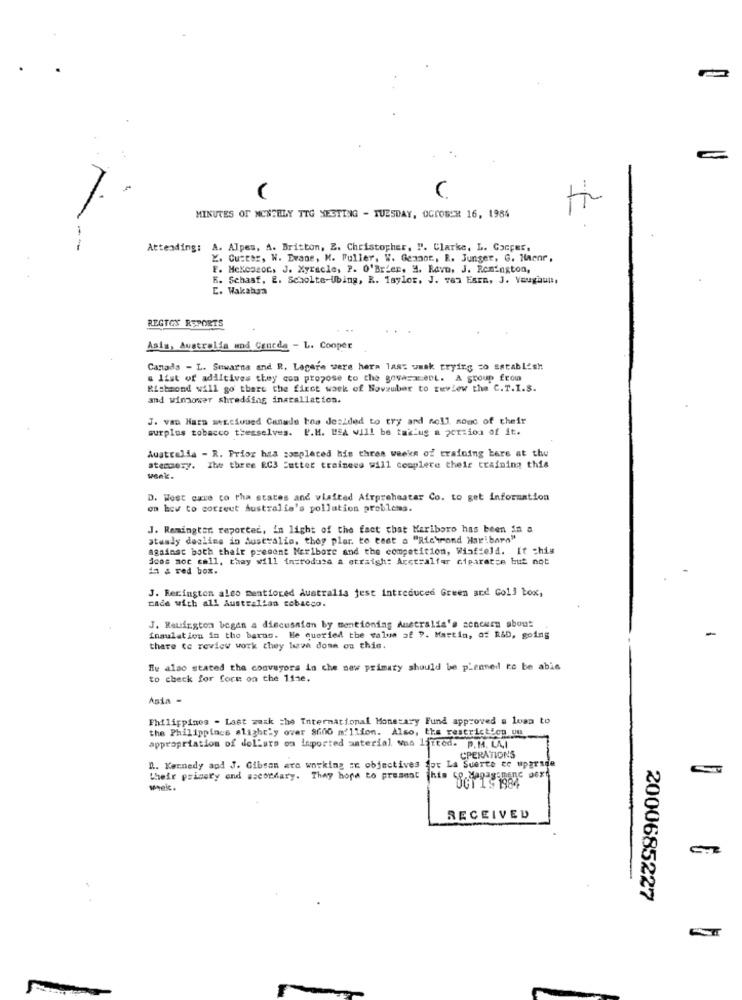
(
MINUTES OF MCNEELY TIG NESTING - TUESDAY, OCTOBER 16, 1984
-
Attending: A. Alpes, A. Britton, E. Christopher, ". Clarke, L. Gacper.
. Cutter, W. Evans, M. Fuller, W. Gemnot, R. Junger, G. Haenr.
F. MeKessoc, J. Myracle, P. O'Brien, H. Ravn, J. Remington,
R. Schaaf, 2. Scholte-Ubing, R. Taylor. J. van Esta, J. Vougaun,
E. Wakahya
REGTOY REPORTS
Asis, Australia und Concda - L. Cooper
Canada - L. Suwarna and R. Lagere were hera last waak trying to establish
a list of adiltives they com propose to the BoyaszeDL. A group from
Richmond will go there the fixct week of Novsuber to review the C.T.I.S.
and windower shredding installation.
J. van Hara mercioued Canade hos desided to try and Roll nowc of their
surplus tobacco themselves. P.M. HEA will be taking a portion of it.
Australia - R. Prior has completed his three weeks of training kere at the
atermory. The three RC3 Sutter trainees will complete their training this
wenk.
D. West cure co tha states and visited Airpreheatar Co. to get information
on bey to correct Australia's pollution problems.
J. Remington reporter, in light of the fact that Mariboro has been in a
atusly dealing in Australia, thop plor. to test o "Richrond Har!bars"
against both thair present Merlbore and the competition, Winfield. It chis
Joos aoc call, they will introduce a straigh: Aretralfer ciparate but not
11 & red box.
J. Recington also mentioned Australia jest introduced Green ard Goll box,
cada with all Australian cobacco.
J. Rauington began a discussion by mentioning Australia's concern about
insulation in the barns. He queried the value of ?. Martin, of R&D, going
thare to review work they lava donn on this.
He also stated the conveyors in che new primary should be p'enned to be abis
to check for fore on the 11se.
Asia -
Philippines - Last wask the International Monetary Fund approved a loan to
the Philippines slightly over $600 million. Also, the restriction un
appropriation of dollars on imported material was lifted. P.M. LA,I
CPERATIONS
" .. Kennedy and J. Gibson are working In objectives for La Suerte to upgrade
their pricery and secondary. They hope to present this 5
wheic.
UGT 1 9 1984
RECEIVED
2000685227